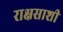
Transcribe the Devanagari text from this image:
राक्षसाशी